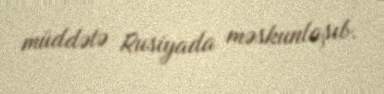
müddətə Rusiyada məskunlaşıb.